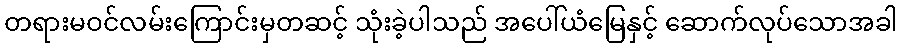
တရားမဝင်လမ်းကြောင်းမှတဆင့် သုံးခဲ့ပါသည် အပေါ်ယံမြေနှင့် ဆောက်လုပ်သောအခါ